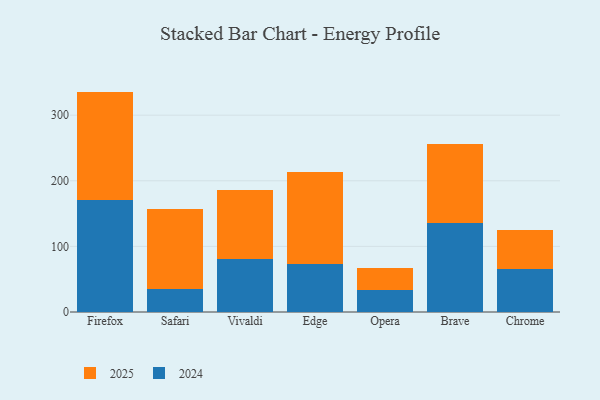
{"axis": {"x": "Browser", "y": "Net Income (USD K)"}, "legend": ["2024", "2025"], "data": [{"x": "Firefox", "y": 171.2, "type": "2024"}, {"x": "Firefox", "y": 164.7, "type": "2025"}, {"x": "Safari", "y": 35.3, "type": "2024"}, {"x": "Safari", "y": 121.4, "type": "2025"}, {"x": "Vivaldi", "y": 80.6, "type": "2024"}, {"x": "Vivaldi", "y": 105.7, "type": "2025"}, {"x": "Edge", "y": 73.3, "type": "2024"}, {"x": "Edge", "y": 139.4, "type": "2025"}, {"x": "Opera", "y": 33.5, "type": "2024"}, {"x": "Opera", "y": 33.0, "type": "2025"}, {"x": "Brave", "y": 135.3, "type": "2024"}, {"x": "Brave", "y": 120.0, "type": "2025"}, {"x": "Chrome", "y": 64.8, "type": "2024"}, {"x": "Chrome", "y": 60.8, "type": "2025"}]}